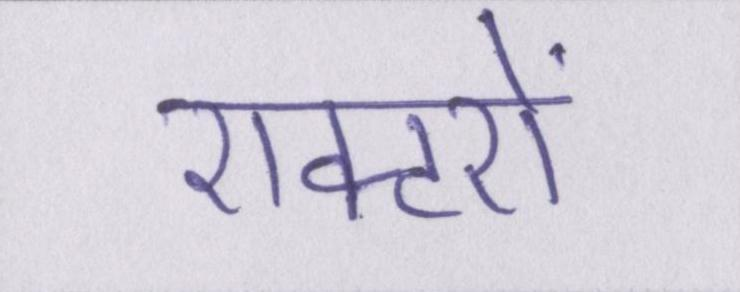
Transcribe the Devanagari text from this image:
एक्टरों